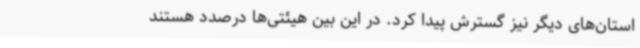
استان‌های دیگر نیز گسترش پیدا کرد. در این بین هیئتی‌ها درصدد هستند